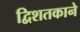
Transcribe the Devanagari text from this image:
द्विशतकाने